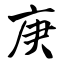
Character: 庚